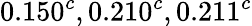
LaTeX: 0.150^{c},0.210^{c},0.211^{c}